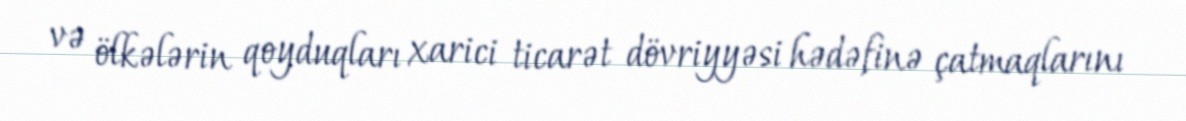
və ölkələrin qoyduqları xarici ticarət dövriyyəsi hədəfinə çatmaqlarını